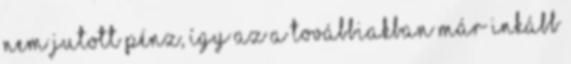
nem jutott pénz, így az a továbbiakban már inkább